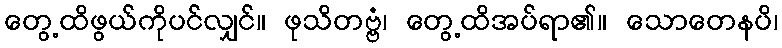
တွေ့ထိဖွယ်ကိုပင်လျှင်။ ဖုသိတဗ္ဗံ၊ တွေ့ထိအပ်ရာ၏။ သောတေနပိ၊